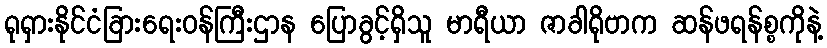
ရုရှားနိုင်ငံခြားရေးဝန်ကြီးဌာန ပြောခွင့်ရှိသူ မာရီယာ ဇာခါရိုဗာက ဆန်ဖရန်စ္စကိုနဲ့